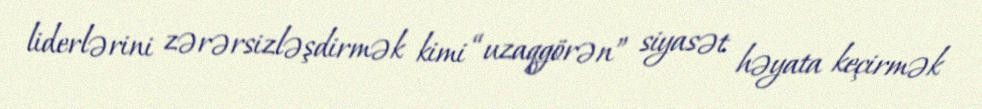
liderlərini zərərsizləşdirmək kimi “uzaqgörən” siyasət həyata keçirmək